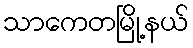
သာကေတမြို့နယ်